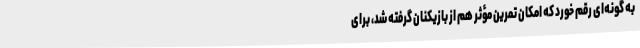
به گونه‌ای رقم خورد که امکان تمرین مؤثر هم از بازیکنان گرفته شد، برای